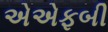
એએફબી